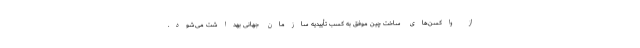
از واکسن‌های ساخت چین موفق به کسب تأییدیه سازمان جهانی بهداشت می‌شود.